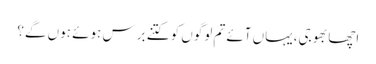
اچھا بھوجی،یہاں آئے تم لوگوں کو کتنے برس ہوئے ہوں گے؟